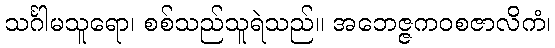
သင်္ဂါမသူရော၊ စစ်သည်သူရဲသည်။ အဘေဇ္ဇကဝစဇာလိကံ၊